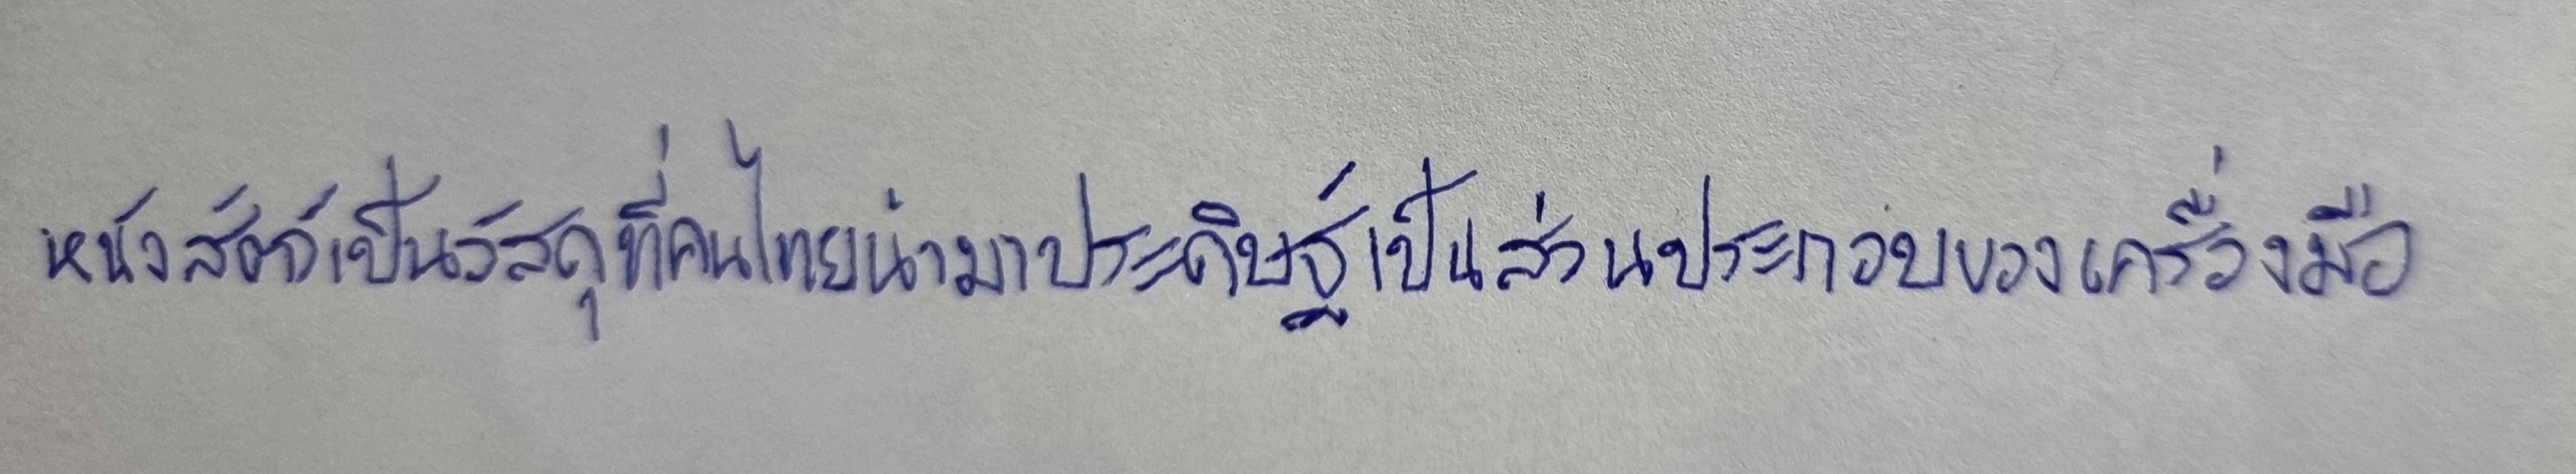
หนังสัตว์เป็นวัสดุที่คนไทยนำมาประดิษฐ์เป็นส่วนประกอบของเครื่องมือ